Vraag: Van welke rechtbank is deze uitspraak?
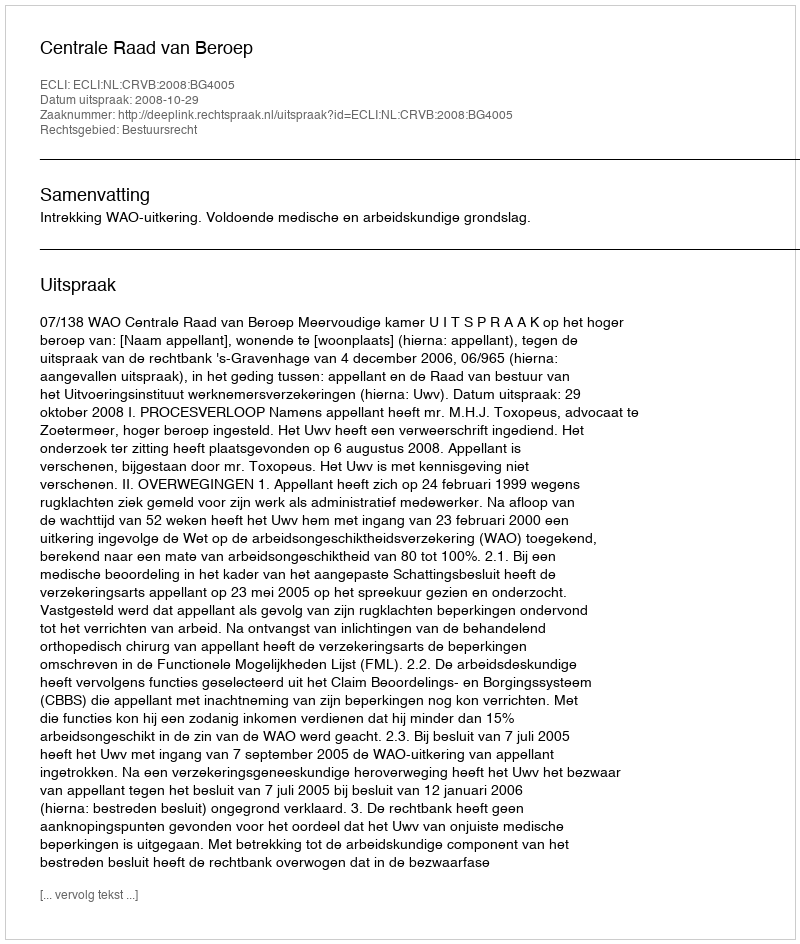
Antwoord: Centrale Raad van Beroep